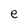
Character: e